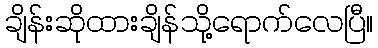
ချိန်းဆိုထားချိန်သို့ရောက်လေပြီ။